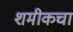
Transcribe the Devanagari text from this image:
शमीकचा